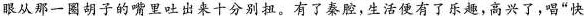
眼从那一圈胡子的嘴里吐出来十分别扭。有了秦腔,生活便有了乐趣,高兴了，唱“快